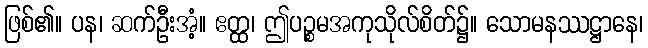
ဖြစ်၏။ ပန၊ ဆက်ဦးအံ့။ ဧတ္ထ၊ ဤပဉ္စမအကုသိုလ်စိတ်၌။ သောမနဿဋ္ဌာနေ၊